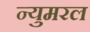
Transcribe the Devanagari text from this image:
न्युमरल